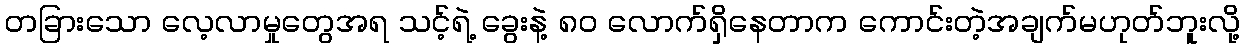
တခြားသော လေ့လာမှုတွေအရ သင့်ရဲ့ ခွေးနဲ့ ၈၀ လောက်ရှိနေတာက ကောင်းတဲ့အချက်မဟုတ်ဘူးလို့